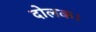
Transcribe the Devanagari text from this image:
दोलक।